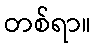
တစ်ရာ။